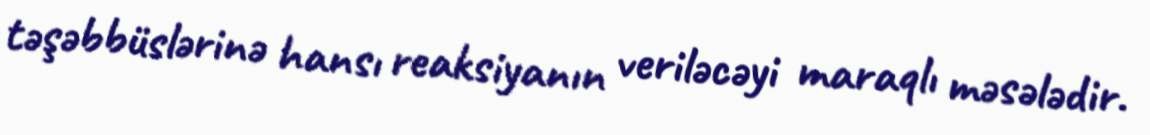
təşəbbüslərinə hansı reaksiyanın veriləcəyi maraqlı məsələdir.